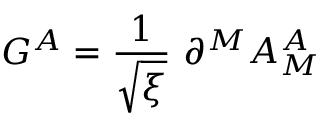
G ^ { A } = \frac { 1 } { \sqrt { \xi } } \ \partial ^ { M } A _ { M } ^ { A }